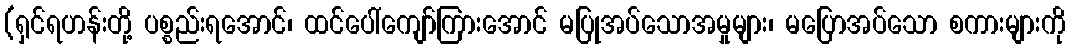
(ရှင်ရဟန်းတို့ ပစ္စည်းရအောင်၊ ထင်ပေါ်ကျော်ကြားအောင် မပြုအပ်သောအမှုများ၊ မပြောအပ်သော စကားများကို